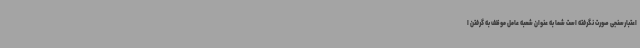
اعتبارسنجی صورت نگرفته است شما به عنوان شعبه عامل موظف به گرفتن ا